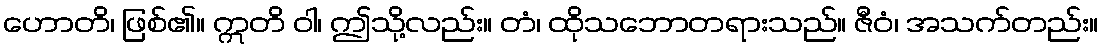
ဟောတိ၊ ဖြစ်၏။ ဣတိ ဝါ၊ ဤသို့လည်း။ တံ၊ ထိုသဘောတရားသည်။ ဇီဝံ၊ အသက်တည်း။